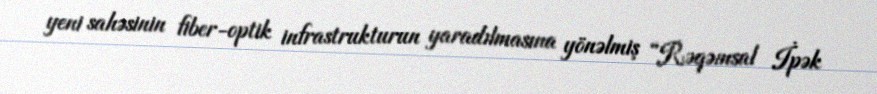
yeni sahəsinin fiber-optik infrastrukturun yaradılmasına yönəlmiş “Rəqəmsal İpək